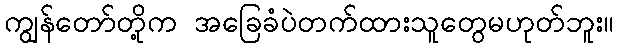
ကျွန်တော်တို့က အခြေခံပဲတက်ထားသူတွေမဟုတ်ဘူး။